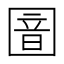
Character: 𫭏